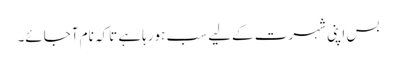
بس اپنی شہرت کےلیے سب ہورہاہے تاکہ نام آجائے۔